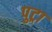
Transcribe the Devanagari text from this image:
पुट्रा